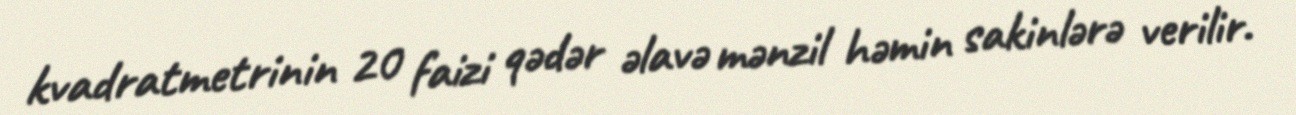
kvadratmetrinin 20 faizi qədər əlavə mənzil həmin sakinlərə verilir.